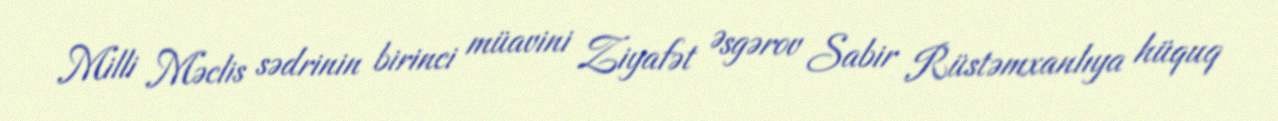
Milli Məclis sədrinin birinci müavini Ziyafət Əsgərov Sabir Rüstəmxanlıya hüquq